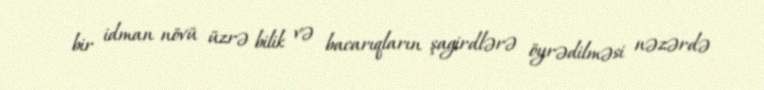
bir idman növü üzrə bilik və bacarıqların şagirdlərə öyrədilməsi nəzərdə